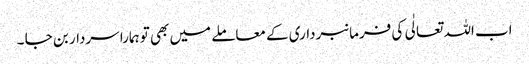
اب اللہ تعالٰی کی فرمانبرداری کے معاملے میں بھی تو ہمارا سردار بن جا ۔